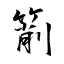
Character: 箾